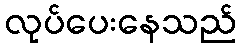
လုပ်ပေးနေသည်